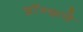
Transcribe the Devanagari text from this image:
ब्राॅन्झचे